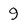
Character: 9